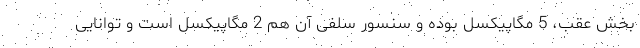
بخش عقب، 5 مگاپیکسل بوده و سنسور سلفی آن هم 2 مگاپیکسل است و توانایی